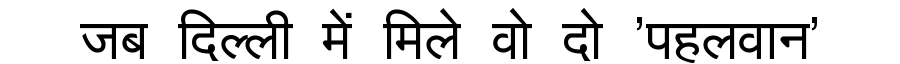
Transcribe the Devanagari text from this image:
जब दिल्ली में मिले वो दो 'पहलवान'